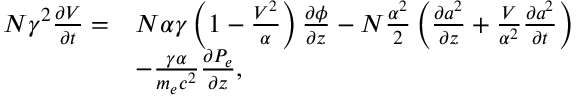
\begin{array} { r l } { N \gamma ^ { 2 } \frac { \partial V } { \partial t } = } & { N \alpha \gamma \left( 1 - \frac { V ^ { 2 } } { \alpha } \right) \frac { \partial \phi } { \partial z } - N \frac { \alpha ^ { 2 } } { 2 } \left( \frac { \partial a ^ { 2 } } { \partial z } + \frac { V } { \alpha ^ { 2 } } \frac { \partial a ^ { 2 } } { \partial t } \right) } \\ & { - \frac { \gamma \alpha } { m _ { e } c ^ { 2 } } \frac { \partial P _ { e } } { \partial z } , } \end{array}